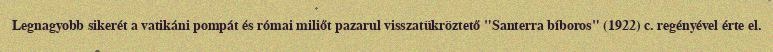
Legnagyobb sikerét a vatikáni pompát és római miliőt pazarul visszatükröztető "Santerra bíboros" (1922) c. regényével érte el.